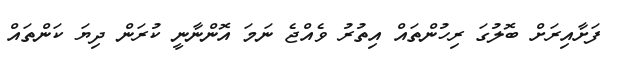
ފަށާއިރަށް ބޮލުގަ ރިހުންތައް އިތުރު ވެއްޖެ ނަމަ އޮންނާނީ ކުރަން ދިޔަ ކަންތައް